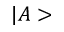
| A >